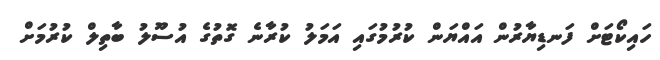
ހައިކޯޓަށް ފަނޑިޔާރުން އައްޔަން ކުރުމުގައި އަމަލު ކުރާނެ ގޮތުގެ އުސޫލު ބާތިލް ކުރުމަށް